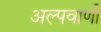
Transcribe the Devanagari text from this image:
अल्पवाणी